Tezpur Lunatic Asylum reports 1877-1894 - 1877-1894
Year: 1877
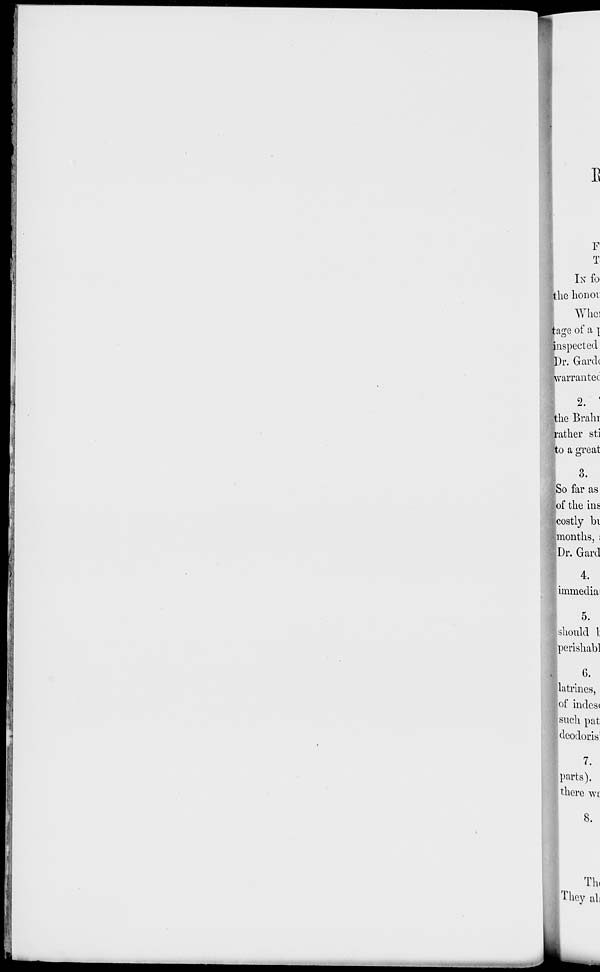
E
F
T
IN fo
the honor
Whei
Stage of a \
^inspected
■ Dr. Garde
warrantee
I "'
the Brahi
rather sti
to a ere at
o
O.
So far as
of the ins
costly bi
months, ;
Dr. Gard
I 4
immedia
5.
should I
perisliabl
I G *
latrines,
■of indes(
■such pat
deodoris'
I
parts).
there wt
8.
Thi
They ah